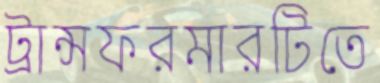
ট্রান্সফরমারটিতে